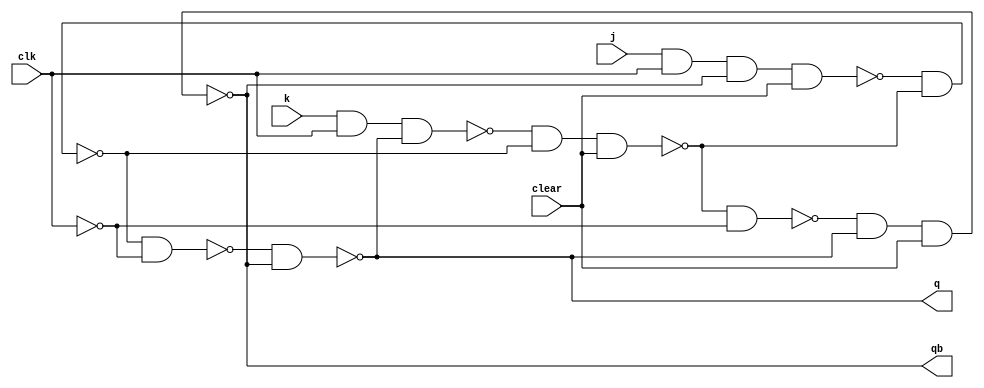
module JKFF(q, qb, j, k, clk, clear);
output q, qb;
input j, k, clk, clear;
wire w1, w2, w3, w4, w5, w6, clkb;

nand n1(w1, j, clk, qb, clear);
nand n2(w2, k, clk, q);
nand n3(w3, w1, w4);
nand n4(w4, w2, w3, clear);
not nt(clkb, clk);
nand n5(w5, w3, clkb);
nand n6(w6, w4, clkb);
nand n7(q, w5, qb);
nand n8(qb, w6, q, clear);

endmodule